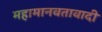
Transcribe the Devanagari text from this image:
महामानवतावादी